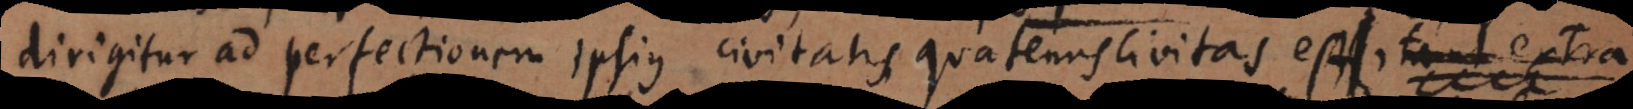
dirigitur ad perfectionem ipsius civitatis quatenus civitas est,